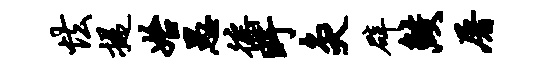
怯提始愚徭盱灸辟鲛屠